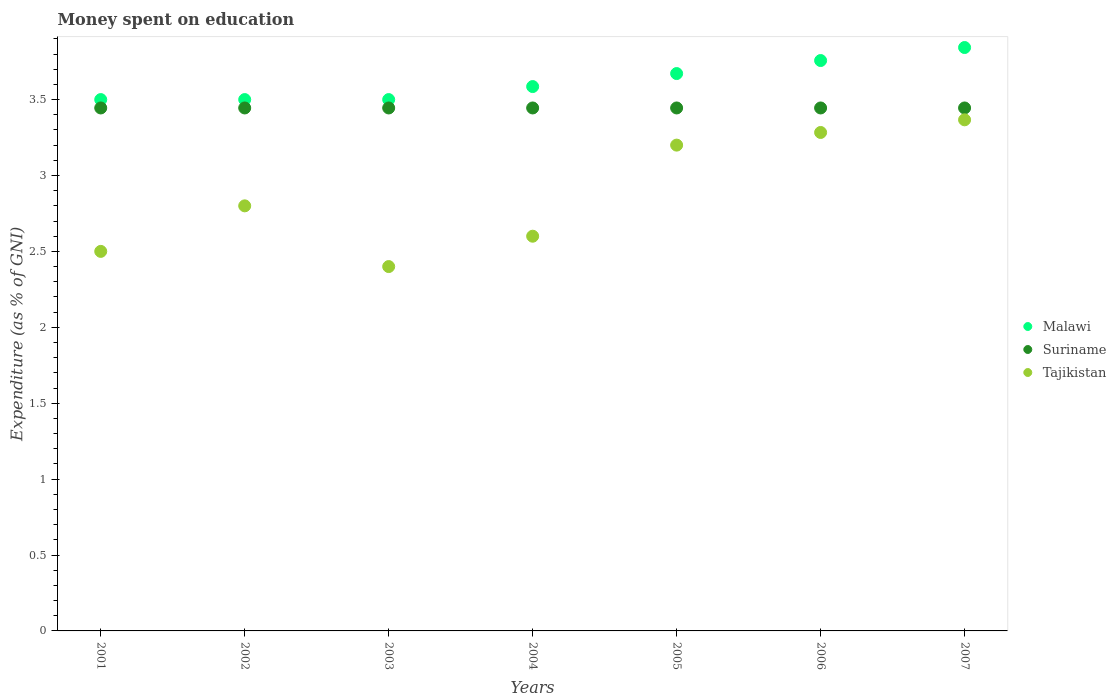
| Years | Malawi | Suriname | Tajikistan |
 | --- | --- | --- | --- |
 | 2001 | 3.5 | 3.44 | 2.5 |
 | 2002 | 3.5 | 3.44 | 2.8 |
 | 2003 | 3.5 | 3.44 | 2.4 |
 | 2004 | 3.59 | 3.44 | 2.6 |
 | 2005 | 3.67 | 3.44 | 3.2 |
 | 2006 | 3.76 | 3.44 | 3.28 |
 | 2007 | 3.84 | 3.44 | 3.37 |